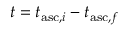
t = t _ { \mathrm { a s c } , i } - t _ { \mathrm { a s c } , f }